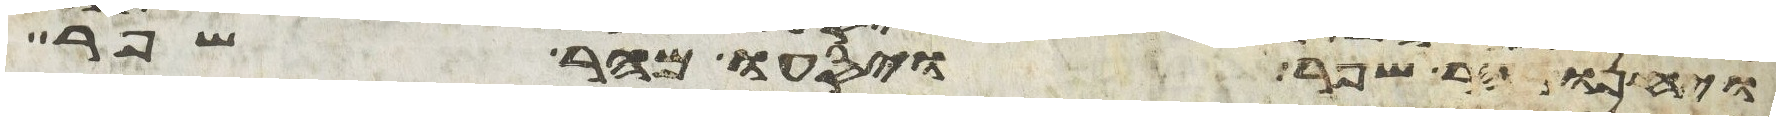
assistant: ויחנו בהר שפר ויסעו מהר שפר